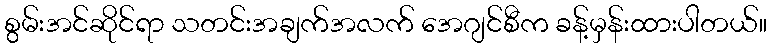
စွမ်းအင်ဆိုင်ရာ သတင်းအချက်အလက် အေဂျင်စီက ခန့်မှန်းထားပါတယ်။